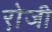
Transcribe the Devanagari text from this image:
रो़जी